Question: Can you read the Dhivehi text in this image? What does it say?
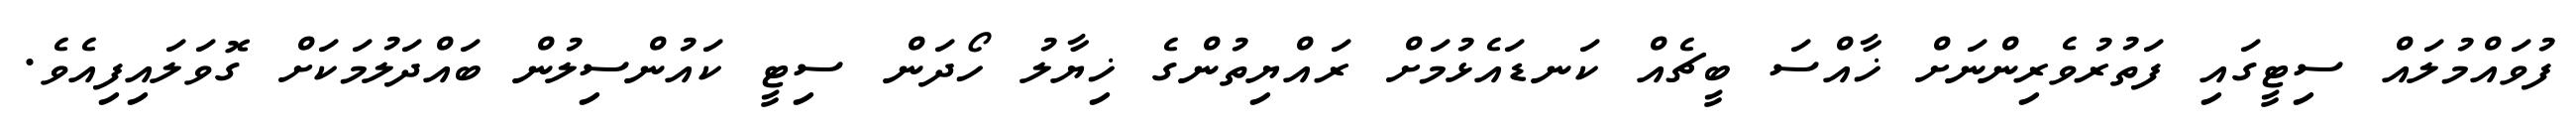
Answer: ފުވައްމުލައް ސިޓީގައި ފަތުރުވެރިންނަށް ޚާއްސަ ބީޗެއް ކަނޑައެޅުމަށް ރައްޔިތުންގެ ޚިޔާލު ހޯދަން ސިޓީ ކައުންސިލުން ބައްދަލުމަކަށް ގޮވަލައިފިއެވެ.